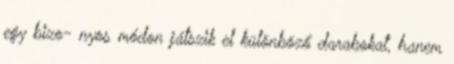
egy bizo- nyos módon játszik el különböző darabokat, hanem